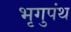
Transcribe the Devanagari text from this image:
भृगुपंथ